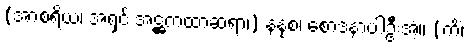
(အာစရိယ၊ အရှင် အဋ္ဌကထာဆရာ၊) နနုစ၊ စောဒနာပါဦးအံ့။ (ကိံ၊